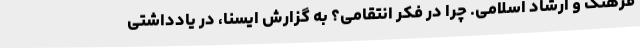
فرهنگ و ارشاد اسلامی. چرا در فکر انتقامی؟ به گزارش ایسنا، در یادداشتی